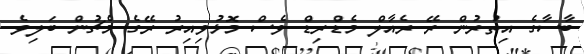
ބާސާގެ އިތުރުން ރޭ ރެއާލް މެޑްރިޑް ވެސް މޮޅުވިއިރު ރޭގެ މެޗުން ބަލިވެ